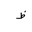
Letter: _za